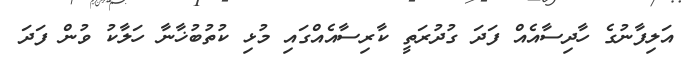
އަލިފާނުގެ ހާދިސާއެއް ފަދަ ގުދުރަތީ ކާރިސާއެއްގައި މުޅި ކުތުބުޚާނާ ހަލާކު ވުން ފަދަ